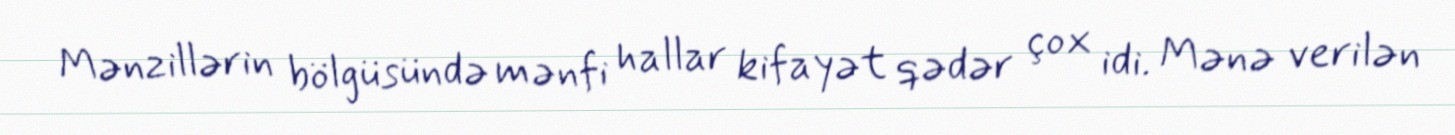
Mənzillərin bölgüsündə mənfi hallar kifayət qədər çox idi. Mənə verilən